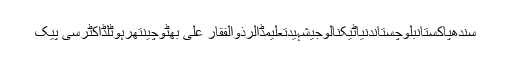
سندھپاکستانبلوچستاندنیاٹیکنالوجیشہیدتعلیمڈالرذوالفقار علی بھٹوچینتھرہوٹلڈاکٹرسی پیک